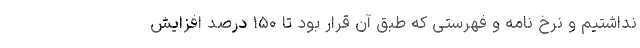
نداشتیم و نرخ نامه و فهرستی که طبق آن قرار بود تا ۱۵۰ درصد افزایش